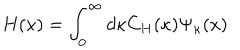
H ( x ) = \int _ { 0 } ^ { \infty } d \kappa C _ { H } ( \kappa ) \Psi _ { \kappa } ( x )